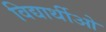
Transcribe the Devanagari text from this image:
विद्यार्थीओ